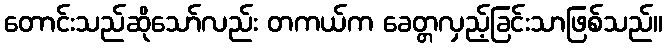
တောင်းသည်ဆိုသော်လည်း တကယ်က ခေတ္တလှည့်ခြင်းသာဖြစ်သည်။